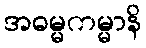
အဓမ္မကမ္မာနိ